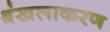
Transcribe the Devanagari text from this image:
श्रंखलाकरण